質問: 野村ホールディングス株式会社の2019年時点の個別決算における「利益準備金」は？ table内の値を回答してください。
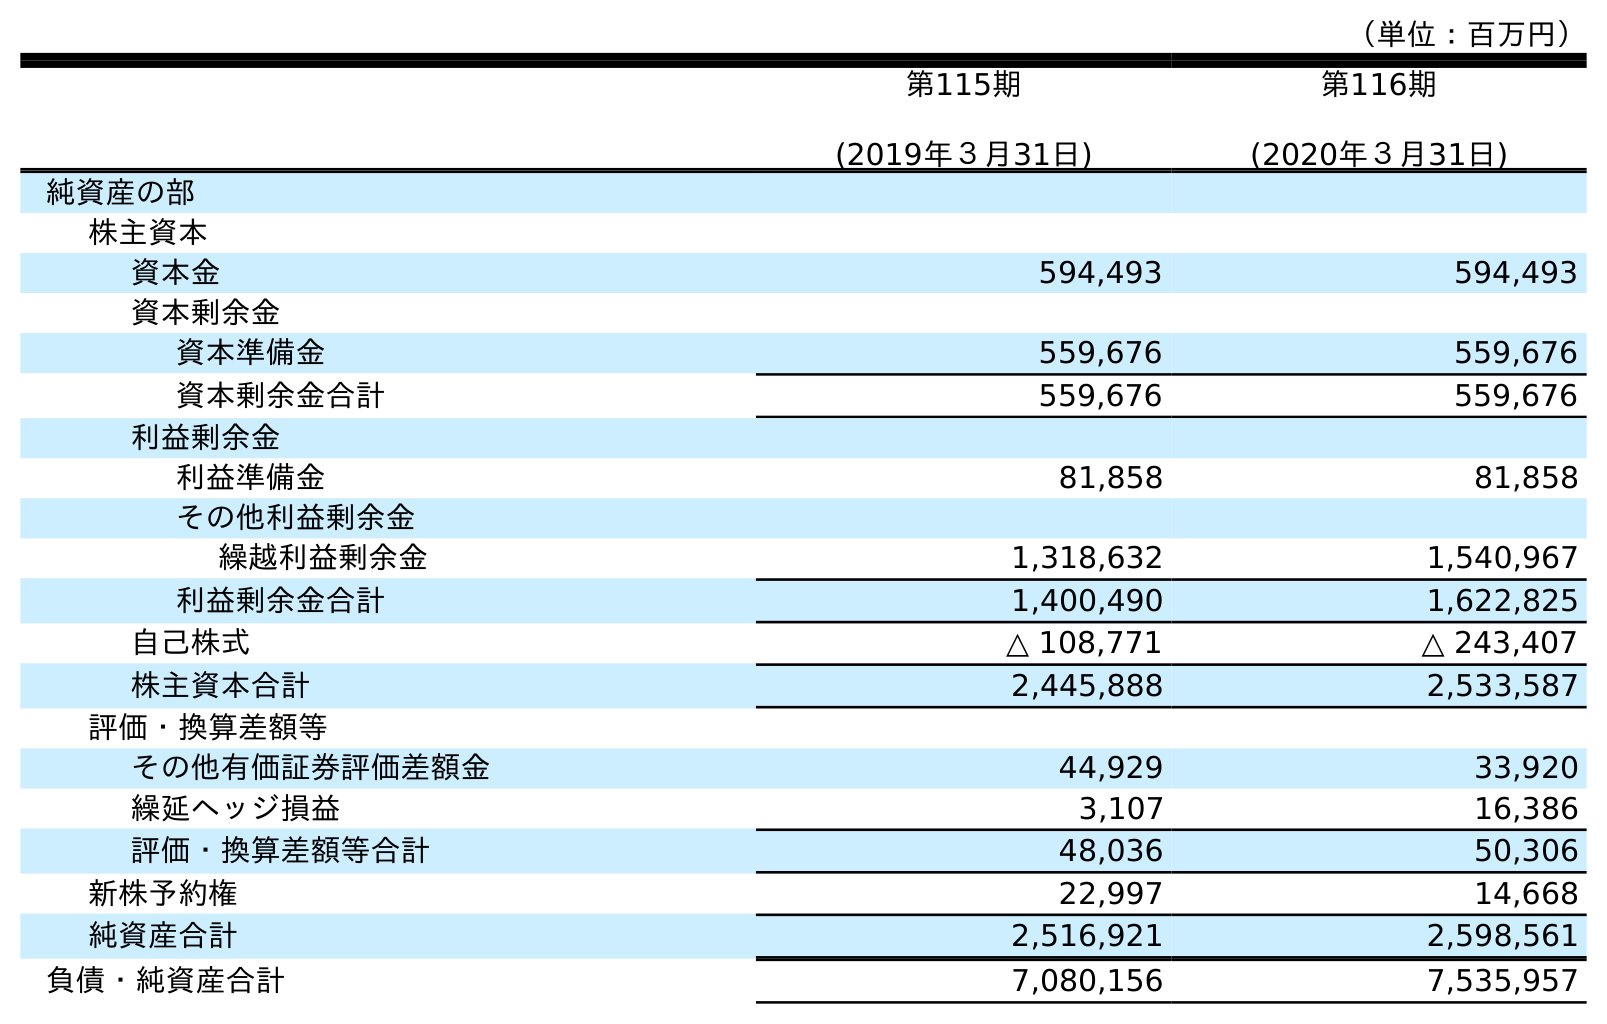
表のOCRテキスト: （単位：百万円） 第115期 (2019年３月31日) 第116期 (2020年３月31日) 純資産の部 株主資本 資本金 594,493 594,493 資本剰余金 資本準備金 559,676 559,676 資本剰余金合計 559,676 559,676 利益剰余金 利益準備金 81,858 81,858 その他利益剰余金 繰越利益剰余金 1,318,632 1,540,967 利益剰余金合計 1,400,490 1,622,825 自己株式 △ 108,771 △ 243,407 株主資本合計 2,445,888 2,533,587 評価・換算差額等 その他有価証券評価差額金 44,929 33,920 繰延ヘッジ損益 3,107 16,386 評価・換算差額等合計 48,036 50,306 新株予約権 22,997 14,668 純資産合計 2,516,921 2,598,561 負債・純資産合計 7,080,156 7,535,957
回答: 81,858